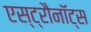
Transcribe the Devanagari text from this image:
एस्ट्रौनॉट्स